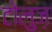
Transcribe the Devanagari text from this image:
टोलुज़